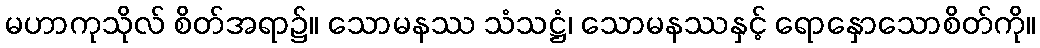
မဟာကုသိုလ် စိတ်အရာ၌။ သောမနဿ သံသဋ္ဌံ၊ သောမနဿနှင့် ရောနှောသောစိတ်ကို။